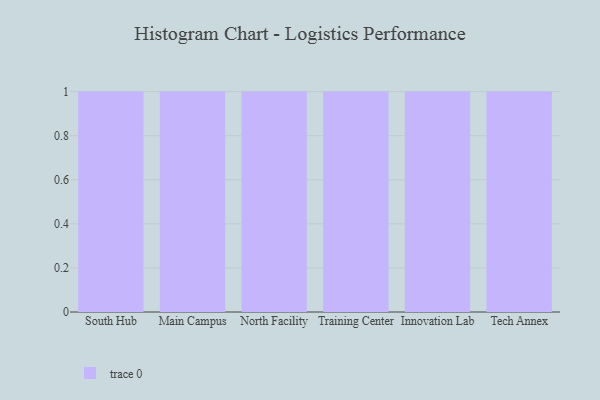
{"axis": {"x": "Campus", "y": "Bounce Rate (%)"}, "legend": [""], "data": [{"x": "South Hub", "y": 51, "type": ""}, {"x": "Main Campus", "y": 23, "type": ""}, {"x": "North Facility", "y": 82, "type": ""}, {"x": "Training Center", "y": 70, "type": ""}, {"x": "Innovation Lab", "y": 17, "type": ""}, {"x": "Tech Annex", "y": 3, "type": ""}]}